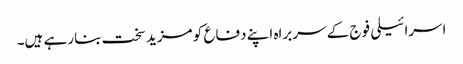
اسرائیلی فوج کے سربراہ اپنے دفاع کو مزید سخت بنارہے ہیں۔